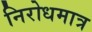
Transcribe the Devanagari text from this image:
निरोधमात्र